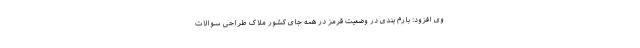
وی افزود: بارم بندی در وضعیت قرمز در همه جای کشور ملاک طراحی سوالات